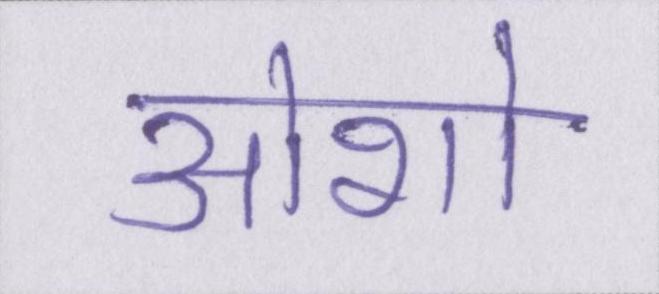
ओशो